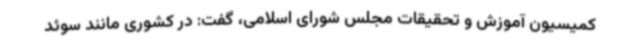
کمیسیون آموزش و تحقیقات مجلس شورای اسلامی، گفت: در کشوری مانند سوئد